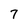
Character: 7